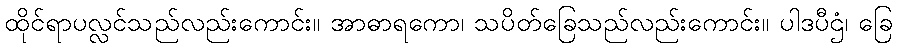
ထိုင်ရာပလ္လင်သည်လည်းကောင်း။ အာဓာရကော၊ သပိတ်ခြေသည်လည်းကောင်း။ ပါဒပီဌံ၊ ခြေ